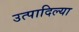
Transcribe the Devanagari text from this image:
उत्पादिल्या